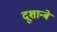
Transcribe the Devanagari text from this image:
दूशान्बे